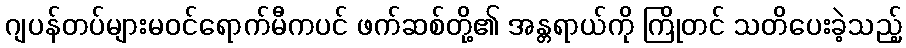
ဂျပန်တပ်များမဝင်ရောက်မီကပင် ဖက်ဆစ်တို့၏ အန္တရာယ်ကို ကြိုတင် သတိပေးခဲ့သည့်